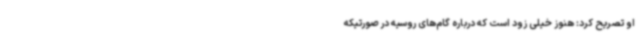
او تصریح کرد: هنوز خیلی زود است که درباره گام‌های روسیه در صورتیکه